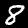
Digit: 8